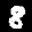
Label: 8